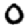
Digit: 0